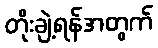
တိုးချဲ့ရန်အတွက်